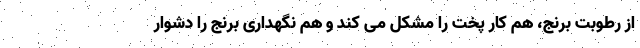
از رطوبت برنج، هم کار پخت را مشکل می کند و هم نگهداری برنج را دشوار